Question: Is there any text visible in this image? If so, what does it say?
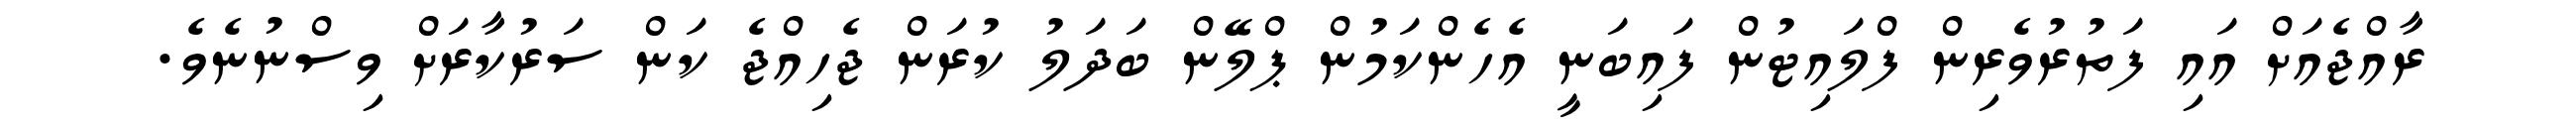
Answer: ރާއްޖެއަށް އައި ފަތުރުވެރިން ފްލައިޓުން ފައިބަނީ އެހެންކަމުން ޕްލޭން ބަދަލު ކުރަން ޖެހިއްޖެ ކަން ސަރުކާރަށް ވިސްނުނެވެ.